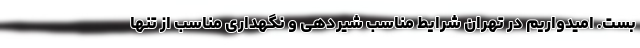
بست. امیدواریم در تهران شرایط مناسب شیردهی و نگهداری مناسب از تنها